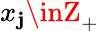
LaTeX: x_{\mathbf{j}}\inZ_{+}